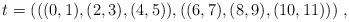
LaTeX: \begin{align*}t=(((0,1),(2,3),(4,5)),((6,7),(8,9),(10,11)))\;,\end{align*}